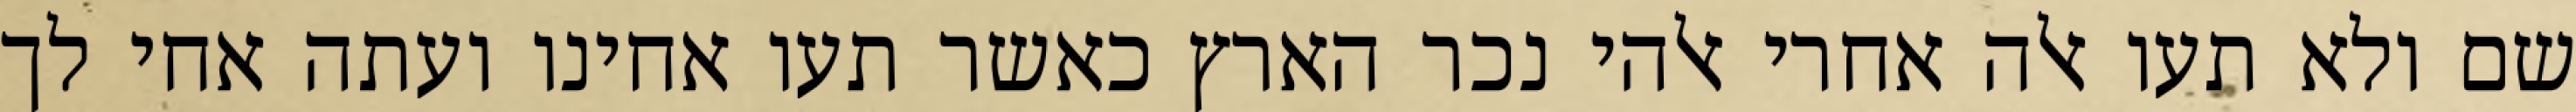
שם ולא תעו אלה אחרי אלהי נכר הארץ כאשר תעו אחינו ועתה אחי לך